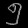
Digit: ၅